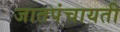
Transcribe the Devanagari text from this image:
जातपंचायती